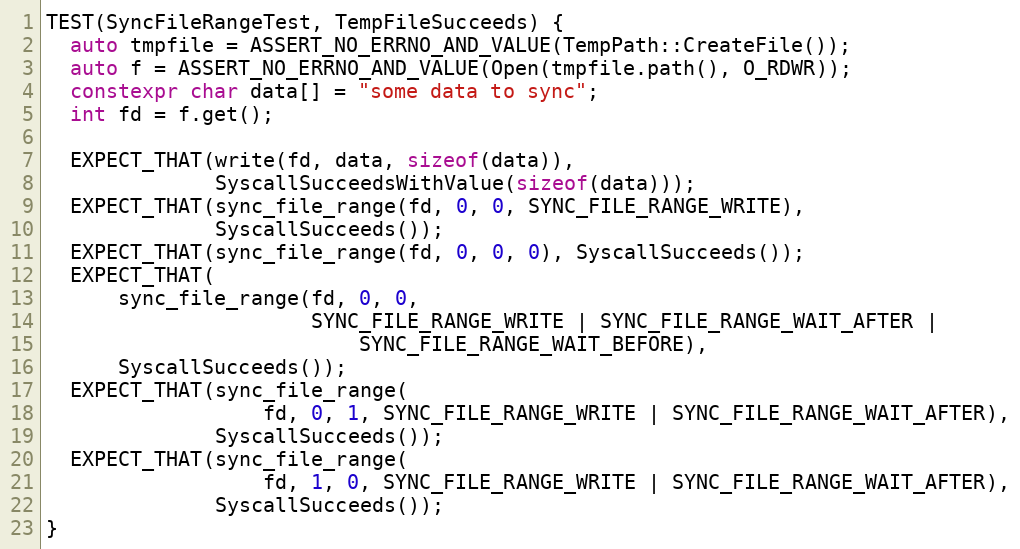
Language: C++
TEST(SyncFileRangeTest, TempFileSucceeds) {
  auto tmpfile = ASSERT_NO_ERRNO_AND_VALUE(TempPath::CreateFile());
  auto f = ASSERT_NO_ERRNO_AND_VALUE(Open(tmpfile.path(), O_RDWR));
  constexpr char data[] = "some data to sync";
  int fd = f.get();

  EXPECT_THAT(write(fd, data, sizeof(data)),
              SyscallSucceedsWithValue(sizeof(data)));
  EXPECT_THAT(sync_file_range(fd, 0, 0, SYNC_FILE_RANGE_WRITE),
              SyscallSucceeds());
  EXPECT_THAT(sync_file_range(fd, 0, 0, 0), SyscallSucceeds());
  EXPECT_THAT(
      sync_file_range(fd, 0, 0,
                      SYNC_FILE_RANGE_WRITE | SYNC_FILE_RANGE_WAIT_AFTER |
                          SYNC_FILE_RANGE_WAIT_BEFORE),
      SyscallSucceeds());
  EXPECT_THAT(sync_file_range(
                  fd, 0, 1, SYNC_FILE_RANGE_WRITE | SYNC_FILE_RANGE_WAIT_AFTER),
              SyscallSucceeds());
  EXPECT_THAT(sync_file_range(
                  fd, 1, 0, SYNC_FILE_RANGE_WRITE | SYNC_FILE_RANGE_WAIT_AFTER),
              SyscallSucceeds());
}